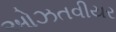
ઓઝતવીયર